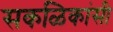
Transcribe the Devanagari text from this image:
सकळिकांसी